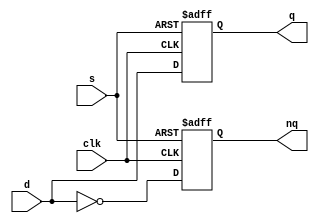
module sdctt(clk, d, s, q, nq);
    input       clk, d, s;
    output reg  q, nq;

    always@(negedge clk, posedge s)
        if(s == 1'b1) begin
            q <= 1'b1;
            nq <= 1'b0;
        end
        else begin
            q <= d;
            nq <= ~d;
        end
endmodule